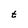
Character: t